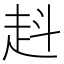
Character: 𧺯